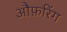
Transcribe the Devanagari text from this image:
औफ़रिंग